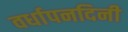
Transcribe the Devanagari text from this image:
वर्धापनदिनी